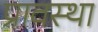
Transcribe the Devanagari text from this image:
प्रावस्‍था